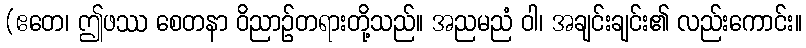
(ဧတေ၊ ဤဖဿ စေတနာ ဝိညာဉ်တရားတို့သည်။ အညမညံ ဝါ၊ အချင်းချင်း၏ လည်းကောင်း။